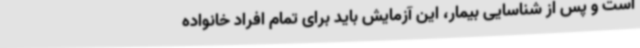
است و پس از شناسایی بیمار، این آزمایش باید برای تمام افراد خانواده